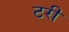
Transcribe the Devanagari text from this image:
टरी